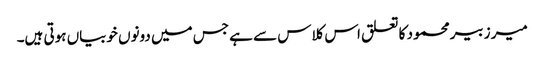
میر زبیر محمود کا تعلق اس کلاس سے ہے جس میں دونوں خوبیاں ہوتی ہیں۔